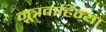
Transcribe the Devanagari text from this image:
मूत्रवाहिन्या